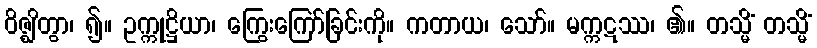
ဝိဇ္ဈိတွာ၊ ၍။ ဥက္ကုဋ္ဌိယာ၊ ကြွေးကြော်ခြင်းကို။ ကတာယ၊ သော်။ မက္ကဋဿ၊ ၏။ တသ္မိံ တသ္မိံ